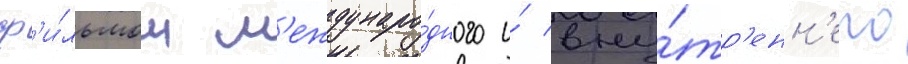
ф'и́льмом м'еждунаро́дного и́ вну́тр'енн'его